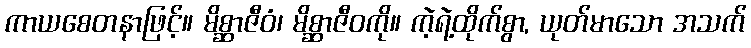
ကာယစေတနာဖြင့်။ မိစ္ဆာဇီဝံ၊ မိစ္ဆာဇီဝကို။ ကဲ့ရဲ့ထိုက်စွာ, ယုတ်မာသော အသက်